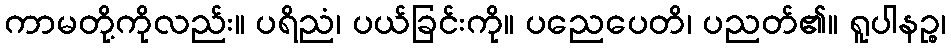
ကာမတို့ကိုလည်း။ ပရိညံ၊ ပယ်ခြင်းကို။ ပညေပေတိ၊ ပညတ်၏။ ရူပါနဉ္စ၊